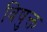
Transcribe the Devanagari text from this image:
विषुक्त